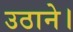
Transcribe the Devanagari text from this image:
उठाने।